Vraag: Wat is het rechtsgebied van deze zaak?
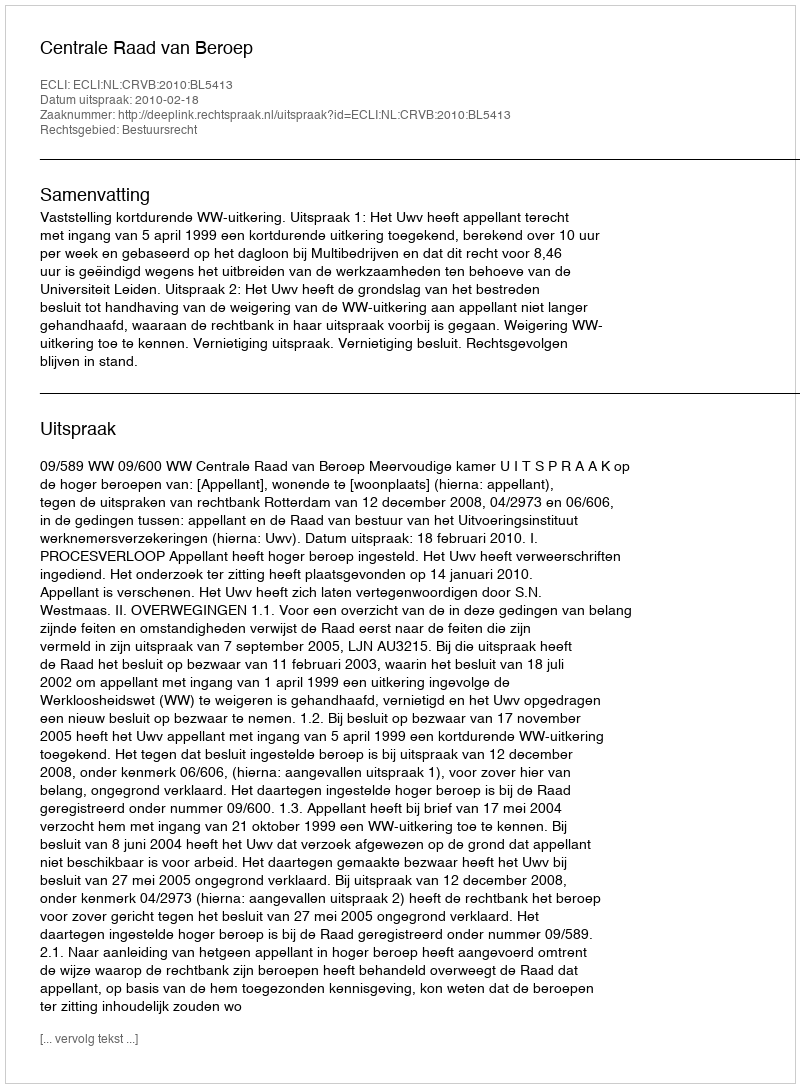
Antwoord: Bestuursrecht